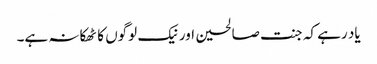
یاد رہے کہ جنت صالحین اور نیک لوگوں کا ٹھکانہ ہے۔